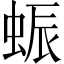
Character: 蜄